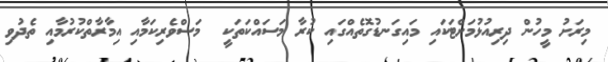
މިރަށު މީހުން ދިރިއުޅުމަށްޓަކައި މައިގަނޑުގޮތެއްގައި ކުރާ މަސައްކަތަކީ  މަސްވެރިކަމާއި އިމާރާތްކުރުމާއި ތެދުވި